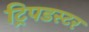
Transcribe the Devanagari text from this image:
ट्रिपडस्टर